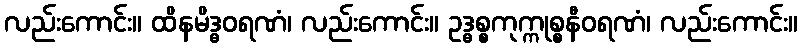
လည်းကောင်း။ ထိနမိဒ္ဓဝရဏံ၊ လည်းကောင်း။ ဥဒ္ဓစ္စကုက္ကုစ္စနီဝရဏံ၊ လည်းကောင်း။